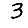
Digit: 3